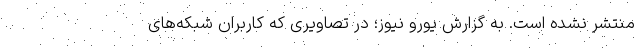
منتشر نشده است. به گزارش یورو نیوز؛ در تصاویری که کاربران شبکه‌های